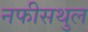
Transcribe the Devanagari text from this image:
नफीसथुल